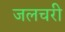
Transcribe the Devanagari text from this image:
जलचरी